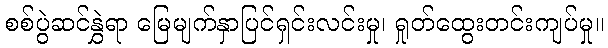
စစ်ပွဲဆင်နွှဲရာ မြေမျက်နှာပြင်ရှင်းလင်းမှု၊ ရှုတ်ထွေးတင်းကျပ်မှု။